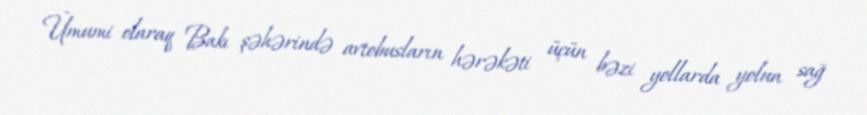
Ümumi olaraq Bakı şəhərində avtobusların hərəkəti üçün bəzi yollarda yolun sağ